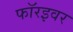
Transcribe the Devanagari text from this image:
फॉरइवर